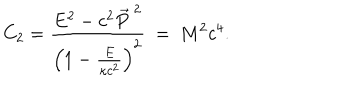
C _ { 2 } = \frac { E ^ { 2 } - c ^ { 2 } \vec { P } ^ { \ 2 } } { \left( 1 - \frac { E } { \kappa c ^ { 2 } } \right) ^ { 2 } } \ = \ M ^ { 2 } c ^ { 4 } .